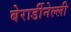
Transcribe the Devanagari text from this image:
बेरार्डीनेल्ली